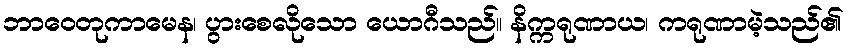
ဘာဝေတုကာမေန၊ ပွားစေလိုသော ယောဂီသည်။ နိက္ကရုဏာယ၊ ကရုဏာမဲ့သည်၏